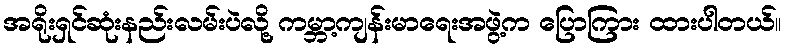
အရိုးရှင်ဆုံးနည်းလမ်းပဲလို့ ကမ္ဘာ့ကျန်းမာရေးအဖွဲ့က ပြောကြား ထားပါတယ်။